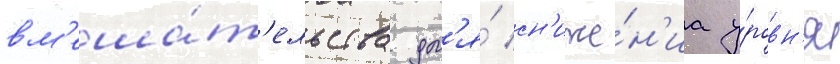
вм'еша́т'ельства дл'я́ сн'иже́н'иа у́ровн'я